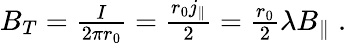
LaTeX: \begin{array}{r}{B_{T}=\frac{I}{2\pi r_{0}}=\frac{r_{0}j_{\parallel}}{2}=\frac{r_{0}}{2}\lambda B_{\parallel}\; .}\end{array}